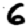
Digit: 6